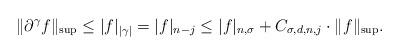
LaTeX: \begin{align*} \| \partial^\gamma f \|_{\sup} \leq | f |_{|\gamma|} = |f|_{n-j} \leq |f|_{n, \sigma} + C_{\sigma, d, n, j} \cdot \| f \|_{\sup}.\end{align*}